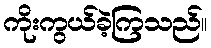
ကိုးကွယ်ခဲ့ကြသည်။